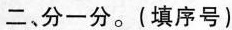
二、分一分。(填序号）